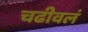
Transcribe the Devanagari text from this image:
चढीवलं